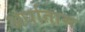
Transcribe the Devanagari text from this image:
अर्धातास